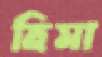
হিমা